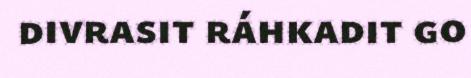
divrasit ráhkadit go